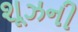
શૂઝની